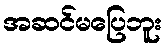
အဆင်မပြေဘူး